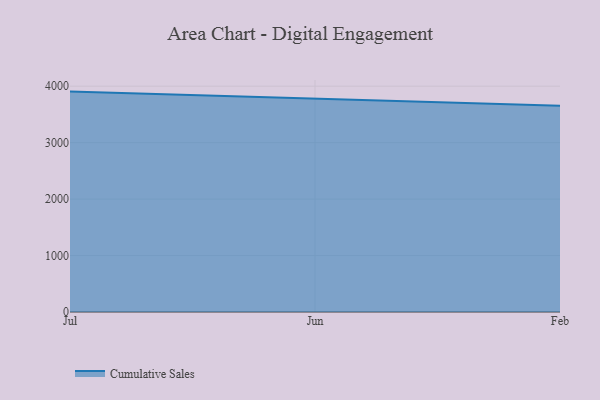
{"axis": {"x": "Month", "y": "Waste Production (Tons)"}, "legend": ["Cumulative Sales"], "data": [{"x": "Jul", "y": 3904.1, "type": "Cumulative Sales"}, {"x": "Jun", "y": 3779.3, "type": "Cumulative Sales"}, {"x": "Feb", "y": 3653.4, "type": "Cumulative Sales"}]}